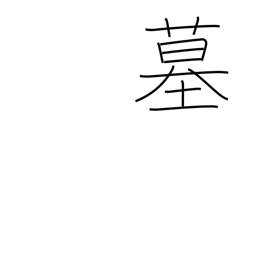
Meaning: grave